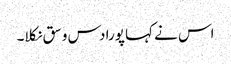
اس نے کہا پورا دس وسق نکلا۔